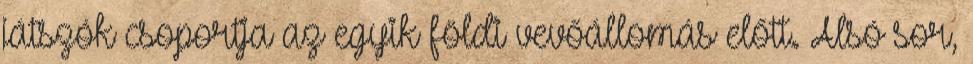
játszók csoportja az egyik földi vevőállomás előtt. Alsó sor,